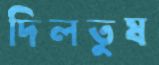
দিলতুষ